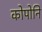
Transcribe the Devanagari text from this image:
कोपोनि